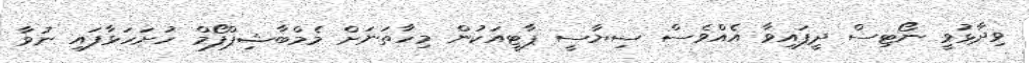
ވިދާޅުވީ ނޯޓިސް ދީފައިވާ އެއްވެސް ސިޔާސީ ޕާޓީއަކުން މިހާތަނަށް މެމްބާޝިޕްފޯމް ހުށަހަޅާފައި ނުވާ